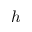
h